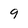
Character: 9